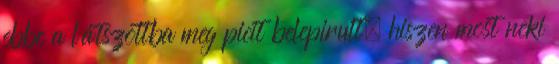
ebbe a látszottba meg picit belepirult, hiszen most neki